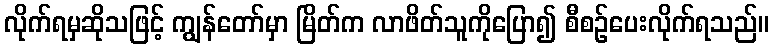
လိုက်ရမှဆိုသဖြင့် ကျွန်တော်မှာ မြိတ်က လာဖိတ်သူကိုပြော၍ စီစဉ်ပေးလိုက်ရသည်။